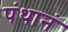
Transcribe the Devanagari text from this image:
पंथानं